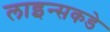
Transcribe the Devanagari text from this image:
लाइन्सकडे